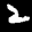
Label: 2